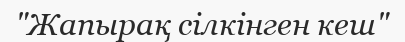
"Жапырақ сілкінген кеш"